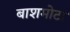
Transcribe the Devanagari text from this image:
बाशमोटा